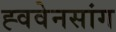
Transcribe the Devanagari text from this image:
ह्ववेनसांग